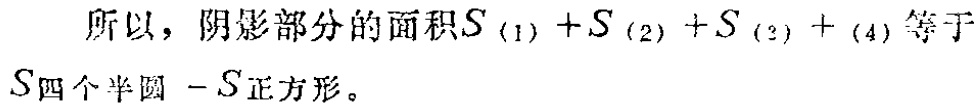
所以，阴影部分的面积\(S_{(1)} + S_{(2)} + S_{(3)} + S_{(4)}\)等于\(S_{四个半圆} - S_{正方形}\)。